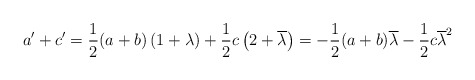
\begin{align*} a'+c' = \frac{1}{2}(a+b)\left(1 + \lambda\right)+ \frac{1}{2}c\left(2 + \overline{\lambda} \right) = - \frac{1}{2}(a+b)\overline{\lambda} - \frac{1}{2} c \overline{\lambda}^2 \end{align*}